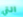
التي